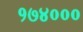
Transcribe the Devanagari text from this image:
१७४०००